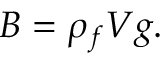
B = \rho _ { f } V g .